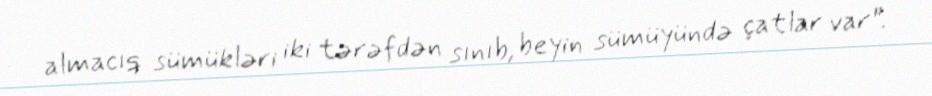
almacıq sümükləri iki tərəfdən sınıb, beyin sümüyündə çatlar var”.